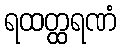
ရထတ္ထရဏံ